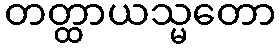
တတ္ထာယသ္မတော